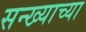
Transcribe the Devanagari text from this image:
सन्ख्याच्या